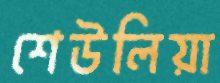
শেউলিয়া